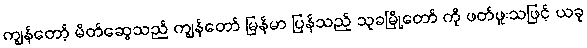
ကျွန်တော့် မိတ်ဆွေသည် ကျွန်တော် မြန်မာ ပြန်သည့် သုခမြို့တော် ကို ဖတ်ဖူးသဖြင့် ယခု